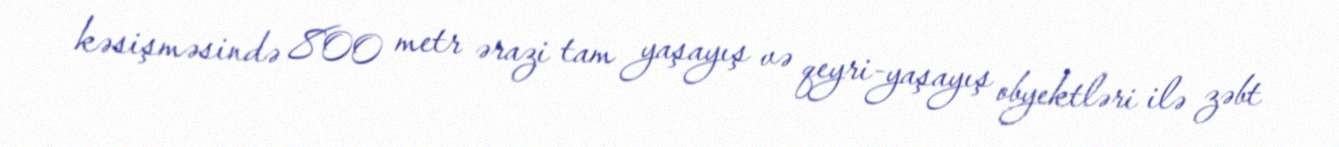
kəsişməsində 800 metr ərazi tam yaşayış və qeyri-yaşayış obyektləri ilə zəbt